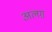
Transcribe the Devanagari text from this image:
अलग़